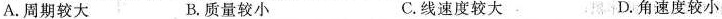
A.周期较大 B.质量较小 C.线速度较大。 D.角速度较小